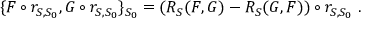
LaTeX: \{ F \circ r _ { S , S _ { 0 } } , G \circ r _ { S , S _ { 0 } } \} _ { S _ { 0 } } = ( R _ { S } ( F , G ) - R _ { S } ( G , F ) ) \circ r _ { S , S _ { 0 } } \ .